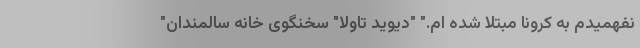
نفهمیدم به کرونا مبتلا شده ام." "دیوید تاولا" سخنگوی خانه سالمندان"